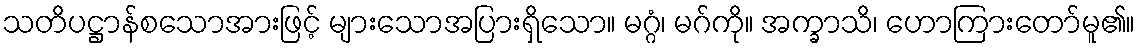
သတိပဋ္ဌာန်စသောအားဖြင့် များသောအပြားရှိသော။ မဂ္ဂံ၊ မဂ်ကို။ အက္ခာသိ၊ ဟောကြားတော်မူ၏။